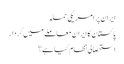
ایران پر امریکی حملہ
پاکستان کا ایران معاملے میں کردار
استحصالی نظام کیا ہے؟